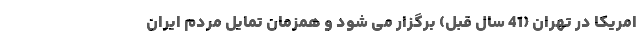
امریکا در تهران (41 سال قبل) برگزار می شود و همزمان تمایل مردم ایران